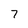
Character: 7